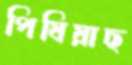
পিষিয়াছ